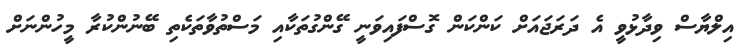
އިލްޔާސް ވިދާޅުވީ އެ ދަރަޖައަށް ކަންކަން ގޮސްފައިވަނީ ގޭންގުތަކާއި މަސްތުވާތަކެތި ބޭނުންކުރާ މީހުންނަށް